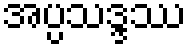
အပ္ပသဒ္ဒဿ